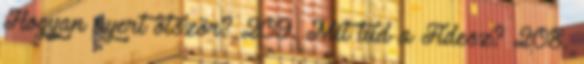
Hogyan nyert ötször? 209. Mit tud a Fidesz? 208.